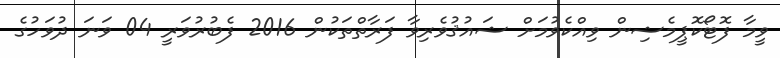
ވީމާ ފޮޓޯކޮޕީމެޝިން ވިއްކެވުމަށް ޝައުޤުވެރިވާ ފަރާތްތަކުން 2016 ފެބުރުވަރީ 04 ވަނަ ދުވަހުގެ